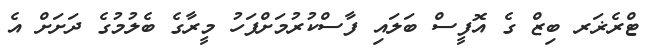
ޓްރެޜަރ ބިޒް ގެ އޮފީސް ބަލައި ފާސްކުރުމަށްފަހު މީރާގެ ބެލުމުގެ ދަށަށް އެ